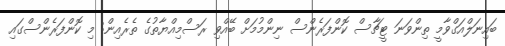
ބައިނަލްއަގްވާމީ ތިންވަނަ ޓީޗާސް ކޮންފަރެންސް ނިންމުމަށް ބޭއްވި ރަސްމިއްޔާތުގެ ތެރެއިން: މި ކޮންފަރެންސްގައި